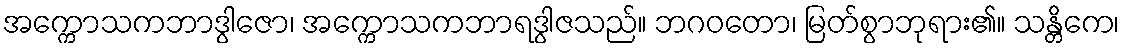
အက္ကောသကဘာဒွါဇော၊ အက္ကောသကဘာရဒွါဇသည်။ ဘဂဝတော၊ မြတ်စွာဘုရား၏။ သန္တိကေ၊